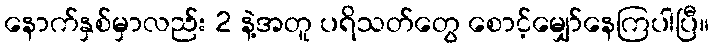
နောက်နှစ်မှာလည်း 2 နဲ့အတူ ပရိသတ်တွေ စောင့်မျှော်နေကြပါပြီ။